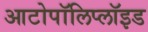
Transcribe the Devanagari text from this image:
आटोपॉलिप्लॉइड